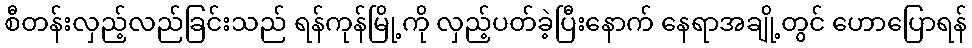
စီတန်းလှည့်လည်ခြင်းသည် ရန်ကုန်မြို့ကို လှည့်ပတ်ခဲ့ပြီးနောက် နေရာအချို့တွင် ဟောပြောရန်